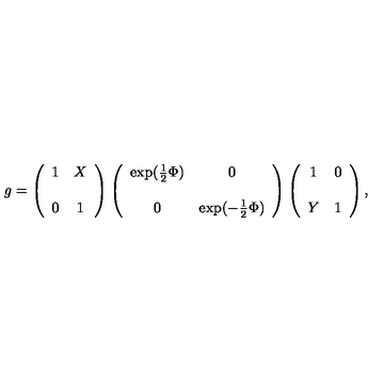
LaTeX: g = \left( \begin{array} { c c } { 1 } & { X } \\ { } & { } \\ { 0 } & { 1 } \\ \end{array} \right) \left( \begin{array} { c c } { \exp ( \frac 1 2 \Phi ) } & { 0 } \\ { } & { } \\ { 0 } & { \exp ( - \frac 1 2 \Phi ) } \\ \end{array} \right) \left( \begin{array} { c c } { 1 } & { 0 } \\ { } & { } \\ { Y } & { 1 } \\ \end{array} \right) ,